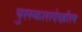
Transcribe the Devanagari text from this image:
पुरस्कारादेखील